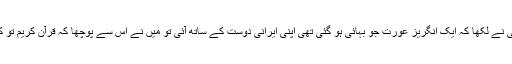
حضرت خلیفۃ المسیح الثانیؓ نے لکھا کہ ایک انگریز عورت جو بہائی ہو گئی تھی اپنی ایرانی دوست کے ساتھ آئی تو مَیں نے اس سے پوچھا کہ قرآن کریم تو کامل شریعت لے کر آیا ہے۔